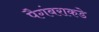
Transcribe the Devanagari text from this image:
पैगंबराकडे